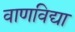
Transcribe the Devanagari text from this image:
वाणविद्या